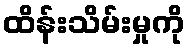
ထိန်းသိမ်းမှုကို